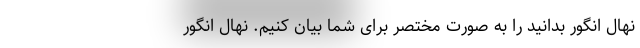
نهال انگور بدانید را به صورت مختصر برای شما بیان کنیم. نهال انگور